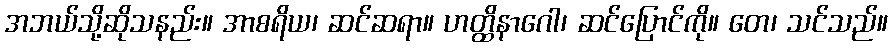
အဘယ်သို့ဆိုသနည်း။ အာစရိယ၊ ဆင်ဆရာ။ ဟတ္ထိနာဂေါ၊ ဆင်ပြောင်ကို။ တေ၊ သင်သည်။